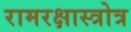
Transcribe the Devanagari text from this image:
रामरक्षास्त्रोत्र